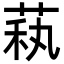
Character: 萟